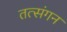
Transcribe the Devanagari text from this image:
तत्संगन